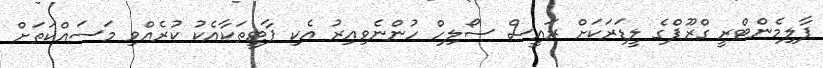
ޕާލިމެންޓްރީ ގްރޫޕްގެ ލީޑަރަކަށް ރައީސް ސޯލިހް ހުންނެވިއިރު އެކި ޕާޓީތަކާއެކު ކުރެއްވި މަސައްކަތަށް